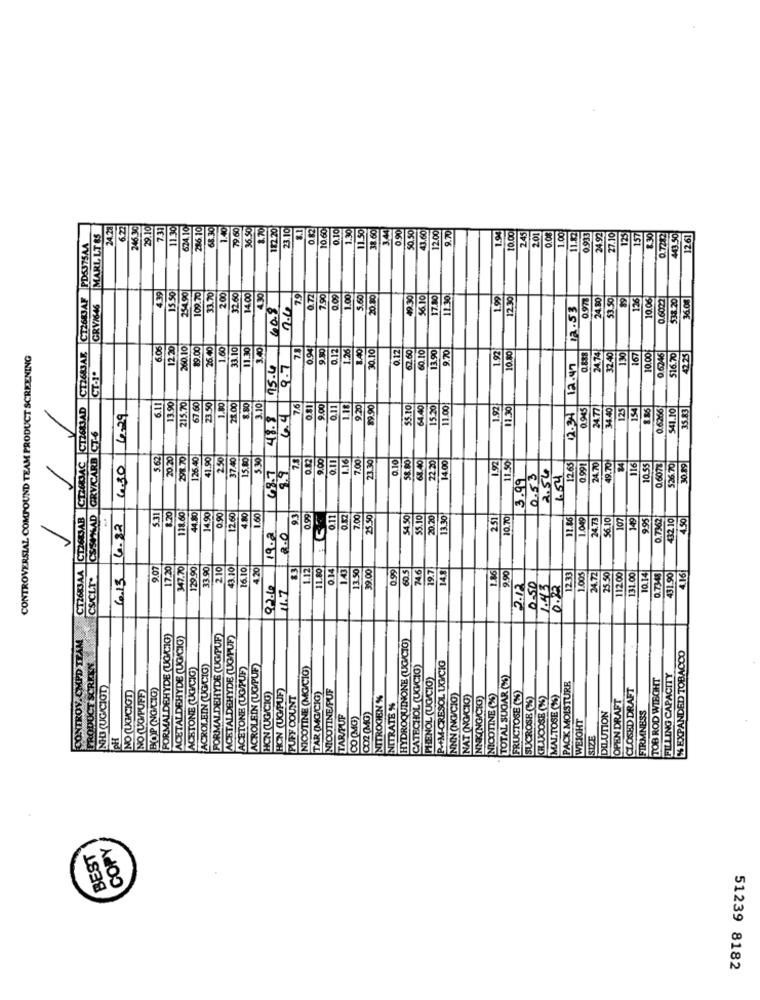
24.21
6.22
7.31
11.30
624.10
286.10
68.30
1.40
79.60
36.50
8.70
182.20
23.10
0.82
0.10
1.30
3.44
0.90
9.70
MARL LT &S
246.3
29.1
10.60
11.50
50.50
43.60
120
10.00
2.45
2.01
1.00
11.12
0.933
24.92
27.10
125
157
1 30
0.7:12
443.50
126
PD5375A4
2 00
CT2633AB CT2683AC CT2683AD CT2683AB CT2683AF
4.39
15.50
54.90
09.70
33.70
32.60
14.00
4.30
79
0.72
7.90
0.09
1.00
5.60
49.30
$6.10
7.10
11.30
1.99
12.30
0.97%
53.50
89
126
0.6022
$38.20
36.00
GRY/646
60.8
2.4
12.53
10.00
6.06
12.20
260.10
9.00
26.40
1.60
33.10
11.30
3.40
78
0.94
9.80
0.12
1.26
0.10
0.12
62.60
60.10|
13.90
9.70
1.92
130
167
CONTROVERSIAL COMPOUND TEAM PRODUCT SCREENING
24.74
32 4
10.00
0.6246
516.70
42.25
15.4
9.7
12.47
CT.1º
3.90
67.60
6.11
215.70
23.50
1.80
28.00
8.80
3.10
4.4
7.6
9.00
0.11
1.18
9.20
9.90
5.10
4.40|
15.20
1.00
1.92
1.30
0.945
34.40
125
154
8.86
0.6266
541.10
35.83
429
48.8
12.34
CSSPMAD GRVICARB CT-6
5.62
20 20
298 70
126.40
41.90
37.40
15.80
5.30
73
0.82
9.00
1.16
7.00
23.30|
0.10
68.40
22.20
14.00
1.92
11.50
4.30
48.7
2.54
12.65
0 991
24.70
49.70
116
.6071
826 70
30.1
9.9
3.99
0.53
1.54
8.20
118.60
2.60
5.31
44.80
4.90
0.90
4.80
1.60
93
0.99
0.11
0.12
7.00
25.50
54.50
55.10
20.20
3.30
251
10.70
11.86
1049
24.73
56.10
107
149
9.95
0.7362
432 10
4.50
4.82
19.2
2.0
CT2683AA
CSICLT
9.07
17.20
347.70
29.90
33.90
2.10
43.10
6.10
4.20
1.12
0.14
1.43
13.50
39.00
0.99
60.5
74.6
19.7
148
1.86
6.13
9.90
12.33
1.005
24.72
5.50
12.00
131.00
0.14
0.73-48
431.90
4.16
11.7
2.12
0.50
1.43
0.22
CONTROV CMPD TEAM
FORMALDEHYDE (UG/CIG)
ACETALDEHYDE (UG/CIG)
FORMALDEHYDE (UG/PUF)
ACETALDEHYDE (UGHUF)
HYDROQUINONE (UG/CTO)
% EXPANDED TOBACCO
PRODUCT SCREEN
ACETONE (UG/CIG)
ACROLEIN (UG/CIG)
ACETONE (UG/PUF)
ACROLEIN (UG/PUF)
NICOTINE (MG/CIG)
CATECHOL (UGICIG)
P-+M-CRESOL UGYCIG
PHENOL (UG/CIG)
TOTAL SUGAR (S)
TOB ROD WIEGHT
FILLING CAPACITY
NH3 (UG/CIGT
NO (UGH/CIGT)
NO (UG/PUFF)
BOP (NG/CIG)
HON (UG/CIG)
NICOTINE/PUF
FRUCTOSE (S)
PACK MOISTURE
CLOSED DRAFT
HON (UG/PUF)
PUFF COUNT
TAR (MG/CIG)
NITROGEN %
NNN (NG/CIG)
NAT (NG/CIO)
NNK(NG/CIGG)
NICOTINE (2%)
SUCROSE (%)
CHUCOSE (35)
MALTOSE (%%)
OPEN DRAFT
NITRATE %
DILUTION
FIRMNESS
TAR/PUP
CO (MG)
002 (MG)
WEIGHT
PH
SIZE
BEST
COPY
51239 8182